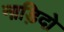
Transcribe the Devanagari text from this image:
नाड़िदो